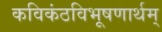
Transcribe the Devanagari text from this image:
कविकंठविभूषणार्थम्